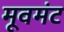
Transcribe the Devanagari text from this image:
मूवमंट